Scientific memoirs by medical officers of the Army of India - Part XI,
Year: 1898
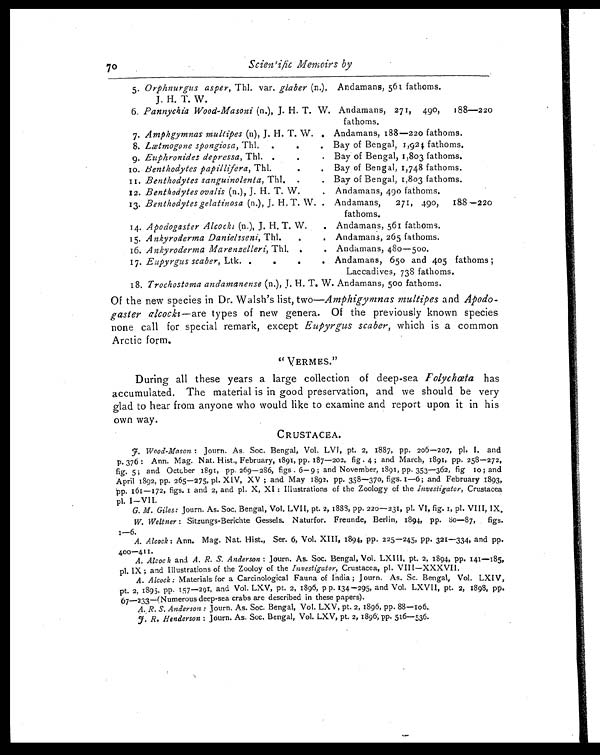
70
Scientific Memoirs by
5. Orphnurgus asper, Thl. var. glaber (n.),
J. H. T. W.
Andamans, 561 fathoms.
6. Pannychia Wood-Masoni (n.), J. H. T. W. Andamans, 271, 490, 188—220
fathoms.
7. Amphgymnas multipes (n), J. H. T. W. . . Andamans, 188—220 fathoms.
8. Lætmogone spongiosa , Thl. .
. Bay of Bengal, 1,924 fathoms.
9. Euphronides depressa , Thl. .
.
.
Bay of Bengal, 1,803 fathoms.
10. Benthodytes papillifera , Thl.
.
. Bay of Bengal, 1,748 fathoms.
11. Benthodytes sanguinolenta, Thl. .
. Bay of Bengal, 1,803 fathoms.
12. Benthodytes ovalis (n.), J. H. T. W.
. Andamans, 490 fathoms.
13. Benthodytes gelatinosa (n.), J. H. T. W. . Andamans, 271, 490, 188—220
fathoms.
14. Apodogaster Alcocki (n.), J. H. T. W. . Andamans, 561 fathoms.
15. Ankyroderma Danielsseni, Thl.
.
. Andamans, 265 fathoms.
16. Ankyroderma Marenzelleri, Thl. .
. Andamans, 480—500.
17. Eupyrgus scaber, Ltk. .
. . .
Andamans, 650 and 405 fathoms ;
Laccadives, 738 fathoms.
18. Trochostoma andamanense (n.), J. H. T. W. Andamans, 500 fathoms.
Of the new species in Dr. Walsh's list, two- Amphigymnas multipes and Apodo-
gaster alcocki— are types of new genera. Of the previously known species
none call for special remark, except Eupyrgus scaber, which is a common
Arctic form.
" VERMES."
During all these years a large collection of deep-sea Polychæta has
accumulated. The material is in good preservation, and we should be very
glad to hear from anyone who would like to examine and report upon it in his
own way.
CRUSTACEA.
J. Wood-Mason : Journ. As. Soc. Bengal, Vol. LVI, pt. 2, 1887, pp. 206—207, pl. I, and
p. 376: Ann. Mag. Nat. Hist., February, 1891, pp. 187—202, fig 4 ; and March, 1891, pp. 258—272,
fig. 5 ; and Octcber 1891, pp. 269—286, figs . 6—9 ; and November, 1891, pp. 353—362, fig 10 ; and
April 1892, pp. 265—275. pl. XIV, XV ; and May 1892, pp. 358—370, figs. 1—6; and February 1893,
p p . 1 6 1 — 1 7 2 , f i g s . 1 a n d 2 , a n d p l . X , X I : I l l u s t r a t i o n s o f t h e Z o o l o g y o f t h eI n v e s t i g a t o r ,
C r u s t a c e a
pl.
G. M. Giles : Journ. As. Soc. Bengal, Vol. LVII, pt. 2, 1883, pp. 220—231, pl. VI, fig. 1, pl. VIII, IX,
W. Weltner : Sitzungs-Berichte Gessels. Naturfor. Freunde, Berlin, 1894, pp. 8o—87, figs.
1—6.
A. Alcock : Ann. Mag. Nat. Hist., Ser. 6, Vol. XIII, 1894, pp. 225—245, pp. 321—334, and pp.
400—411.
A. Alcock and A. R. S. Anderson : Journ. As. Soc. Bengal, Vol. LXI II, pt. 2, 1894, pp. 141—185,
pl. IX ; and Illustrations of the Zooloy of the Investigator, Crustacea, pl. VIII—XXXVII.
A. Alcock : Materials for a Carcinological Fauna of India ; Journ. As. Sc. Bengal, Vol. LXIV,
pt. 2, 1895, pp. 157—291, and Vol. LXV, pt. 2, 1896, pp. 134—295, and Vol. LXVII, pt. 2, 1893, pp.
67—233—(Numerous deep-sea crabs are described in these papers).
A. R. S. Anderson : Journ. As. Soc. Bengal, Vol. LXV, pt. 2, 1896, pp. 88—106.,
J. R. Henderson : Journ. As. Soc. Bengal, Vol. LXV, pt. 2, 1896, pp. 516—536.